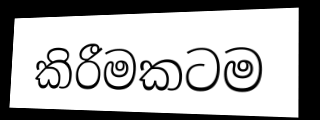
කිරීමකටම